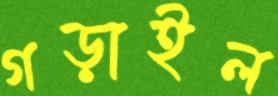
গড়াইল